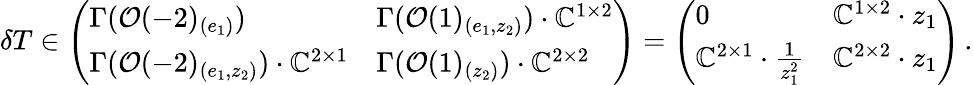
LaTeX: \delta T\in\left(\begin{array}{ll}{\Gamma(\mathcal{O}(-2)_{(e_{1})})}&{\Gamma(\mathcal{O}(1)_{(e_{1},z_{2})})\cdot\mathbb{C}^{1\times 2}}\\ {\Gamma(\mathcal{O}(-2)_{(e_{1},z_{2})})\cdot\mathbb{C}^{2\times 1}}&{\Gamma(\mathcal{O}(1)_{(z_{2})})\cdot\mathbb{C}^{2\times 2}}\end{array}\right)=\left(\begin{array}{ll}{0}&{\mathbb{C}^{1\times 2}\cdot z_{1}}\\ {\mathbb{C}^{2\times 1}\cdot\frac{1}{z_{1}^{2}}}&{\mathbb{C}^{2\times 2}\cdot z_{1}}\end{array}\right)\, .